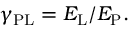
\gamma _ { \mathrm { { P L } } } = E _ { \mathrm { { L } } } / E _ { \mathrm { { P } } } .